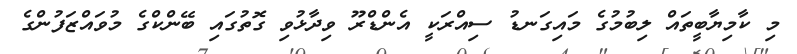
މި ކާމިޔާބީތައް ލިބުމުގެ މައިގަނޑު ސިއްރަކީ އެންޑްރޫ ވިދާޅުވި ގޮތުގައި ބޭންކްގެ މުވައްޒަފުންގެ